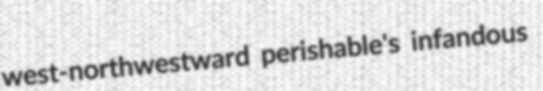
west-northwestward perishable's infandous